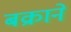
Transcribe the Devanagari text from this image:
बक्राने